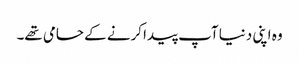
وہ اپنی دنیا آپ پیدا کرنے کے حامی تھے۔